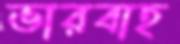
ভারবাহ